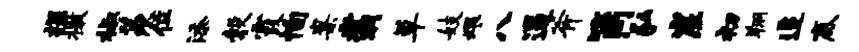
探檄椒羡位添彀霞恂案翥草妓煨八逼斧筒弘崖初翔追底